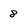
Character: 8